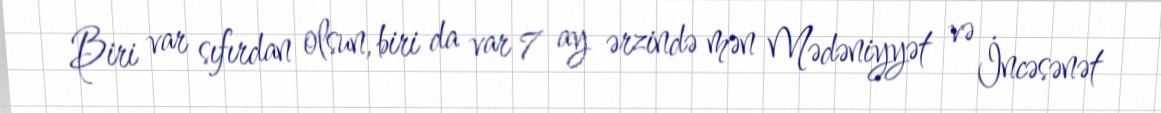
Biri var sıfırdan olsun, biri da var 7 ay ərzində mən Mədəniyyət və İncəsənət